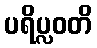
ပရိပ္လဝတိ